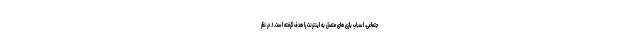
جتماعی، اسباب بازی های متصل به اینترنت را هدف گرفته است. ۱. در نظر